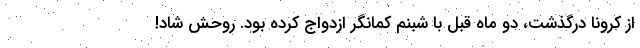
از کرونا درگذشت، دو ماه قبل با شبنم کمانگر ازدواج کرده بود. روحش شاد!